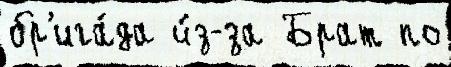
бр'ига́да и́з-за Брат по